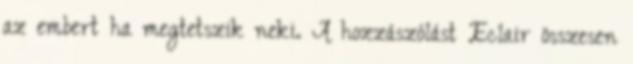
az embert ha megtetszik neki. A hozzászólást Eclair összesen